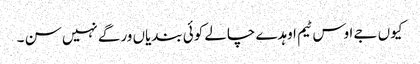
کیوں جے اوس ٹیم اوہدے چالے کوئی بندیاں ورگے نہیں سن ۔